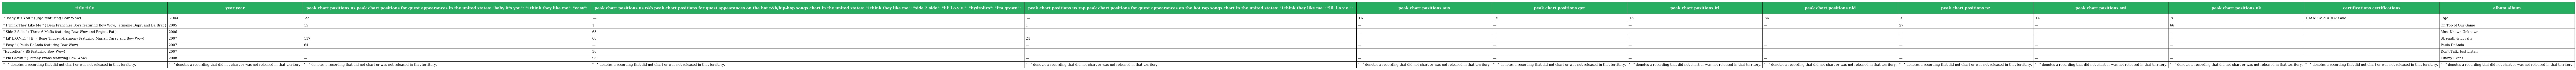
| title title | year year | peak chart positions us peak chart positions for guest appearances in the united states: "baby it's you": "i think they like me": "easy": | peak chart positions us r&b peak chart positions for guest appearances on the hot r&b/hip-hop songs chart in the united states: "i think they like me": "side 2 side": "lil' l.o.v.e.": "hydrolics": "i'm grown": | peak chart positions us rap peak chart positions for guest appearances on the hot rap songs chart in the united states: "i think they like me": "lil' l.o.v.e.": | peak chart positions aus | peak chart positions ger | peak chart positions irl | peak chart positions nld | peak chart positions nz | peak chart positions swi | peak chart positions uk | certifications certifications | album album |
 | --- | --- | --- | --- | --- | --- | --- | --- | --- | --- | --- | --- | --- | --- |
 | " Baby It's You " ( JoJo featuring Bow Wow) | 2004 | 22 | — | — | 16 | 15 | 13 | 36 | 3 | 14 | 8 | RIAA: Gold ARIA: Gold | JoJo |
 | " I Think They Like Me " ( Dem Franchize Boyz featuring Bow Wow, Jermaine Dupri and Da Brat ) | 2005 | 15 | 1 | 1 | — | — | — | — | 27 | — | 66 |  | On Top of Our Game |
 | " Side 2 Side " ( Three 6 Mafia featuring Bow Wow and Project Pat ) | 2006 | — | 63 | — | — | — | — | — | — | — | — |  | Most Known Unknown |
 | " Lil' L.O.V.E. " [E ] ( Bone Thugs-n-Harmony featuring Mariah Carey and Bow Wow) | 2007 | 117 | 66 | 24 | — | — | — | — | — | — | — |  | Strength & Loyalty |
 | " Easy " ( Paula DeAnda featuring Bow Wow) | 2007 | 64 | — | — | — | — | — | — | — | — | — |  | Paula DeAnda |
 | "Hydrolics" ( B5 featuring Bow Wow) | 2007 | — | 36 | — | — | — | — | — | — | — | — |  | Don't Talk, Just Listen |
 | " I'm Grown " ( Tiffany Evans featuring Bow Wow) | 2008 | — | 98 | — | — | — | — | — | — | — | — |  | Tiffany Evans |
 | "—" denotes a recording that did not chart or was not released in that territory. | "—" denotes a recording that did not chart or was not released in that territory. | "—" denotes a recording that did not chart or was not released in that territory. | "—" denotes a recording that did not chart or was not released in that territory. | "—" denotes a recording that did not chart or was not released in that territory. | "—" denotes a recording that did not chart or was not released in that territory. | "—" denotes a recording that did not chart or was not released in that territory. | "—" denotes a recording that did not chart or was not released in that territory. | "—" denotes a recording that did not chart or was not released in that territory. | "—" denotes a recording that did not chart or was not released in that territory. | "—" denotes a recording that did not chart or was not released in that territory. | "—" denotes a recording that did not chart or was not released in that territory. | "—" denotes a recording that did not chart or was not released in that territory. | "—" denotes a recording that did not chart or was not released in that territory. |